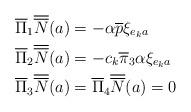
LaTeX: \begin{align*} \overline{\Pi}_{1} \overline{\overline{N}}(a)&=-\alpha \overline{p} \xi_{e_{k}a} \\\overline{\Pi}_{2} \overline{\overline{N}}(a)&= -c_{k}\overline{\pi}_{3} \alpha \xi_{e_{k}a} \\\overline{\Pi}_{3} \overline{\overline{N}}(a)&=\overline{\Pi}_{4} \overline{\overline{N}}(a)=0\end{align*}